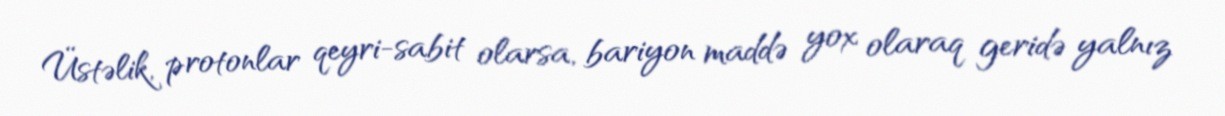
Üstəlik, protonlar qeyri-sabit olarsa, bariyon maddə yox olaraq geridə yalnız